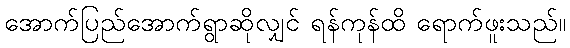
အောက်ပြည်အောက်ရွာဆိုလျှင် ရန်ကုန်ထိ ရောက်ဖူးသည်။